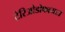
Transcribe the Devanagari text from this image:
टेरिओडोफायटा